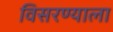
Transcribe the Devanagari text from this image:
विसरण्याला